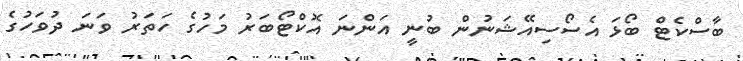
ބާސްކެޓް ބޯޅަ އެސޯސިއޭޝަނުން ބުނީ އަންނަ އޮކްޓޯބަރު މަހުގެ ހަތަރު ވަނަ ދުވަހުގެ